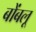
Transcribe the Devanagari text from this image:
बोंबलू